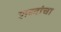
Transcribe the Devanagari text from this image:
शब्‍दांचा